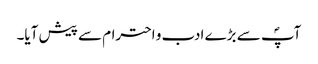
آپؐ سے بڑے ادب و احترام سے پیش آیا۔